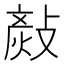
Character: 𢾬